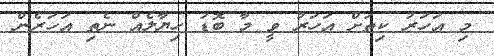
މި އަހަރު ކިތަށް އަހަރު ވީ މާ ބޮޑު ހިޔާލެއް ނެތި އަހަރެން